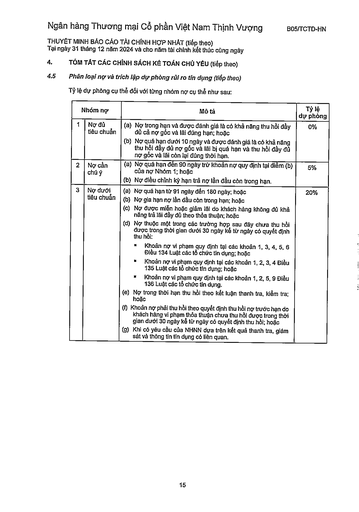
||Nhóm nợ|Mô tả|Tỷ lệ dự phòng| |---|---|---|---| |1|Nợ đủ tiêu chuẩn|(a) Nợ trong hạn và được đánh giá là có khả năng thu hồi đầy đủ cả nợ gốc và lãi đúng hạn; hoặc (b) Nợ quá hạn dưới 10 ngày và được đánh giá là có khả năng thu hồi đầy đủ nợ gốc và lãi bị quá hạn và thu hồi đầy đủ nợ gốc và lãi còn lại đúng thời hạn.|0%| |2|Nợ cần chú ý|(a) Nợ quá hạn đến 90 ngày trừ khoản nợ quy định tại điểm (b) của nợ Nhóm 1; hoặc (b) Nợ điều chỉnh kỳ hạn trả nợ lần đầu còn trong hạn.|5%| |3|Nợ dưới tiêu chuẩn|(a) Nợ quá hạn từ 91 ngày đến 180 ngày; hoặc (b) Nợ gia hạn nợ lần đầu còn trong hạn; hoặc (c) Nợ được miễn hoặc giảm lãi do khách hàng không đủ khả năng trả lãi đầy đủ theo thỏa thuận; hoặc (d) Nợ thuộc một trong các trường hợp sau đây chưa thu hồi được trong thời gian dưới 30 ngày kể từ ngày có quyết định thu hồi: Khoản nợ vi phạm quy định tại các khoản 1, 3, 4, 5, 6 Điều 134 Luật các tổ chức tín dụng; hoặc Khoản nợ vi phạm quy định tại các khoản 1, 2, 3, 4 Điều 135 Luật các tổ chức tín dụng; hoặc Khoản nợ vi phạm quy định tại các khoản 1, 2, 5, 9 Điều 136 Luật các tổ chức tín dụng. (e) Nợ trong thời hạn thu hồi theo kết luận thanh tra, kiểm tra; hoặc (f) Khoản nợ phải thu hồi theo quyết định thu hồi nợ trước hạn do khách hàng vi phạm thỏa thuận chưa thu hồi được trong thời gian dưới 30 ngày kế tiếp ngày có quyết định thu hồi; hoặc (g) Khi có yêu cầu của NHNN dựa trên kết quả thanh tra, giám sát và thông tin tín dụng có liên quan.|20%|